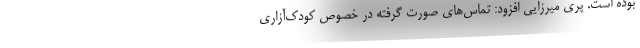
بوده است. پری میرزایی افزود: تماس‌های صورت گرفته در خصوص کودک‌آزاری